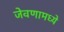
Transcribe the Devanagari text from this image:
जेवणामध्ये